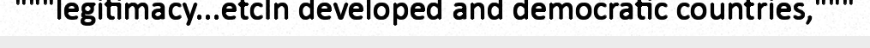
"""legitimacy...etcIn developed and democratic countries,"""